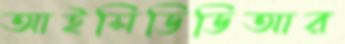
আইসিডিডিআর